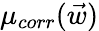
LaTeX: \mu_{corr}(\vec{w})